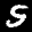
Label: 5